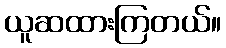
ယူဆထားကြတယ်။